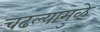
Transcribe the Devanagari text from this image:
चढल्यामुळे